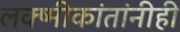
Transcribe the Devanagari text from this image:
लक्ष्मीकांतांनीही